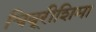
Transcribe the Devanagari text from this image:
चिबूरीशिमा